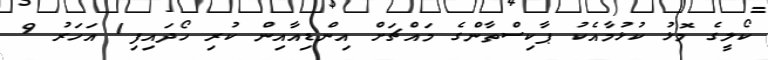
ކޯލީގެ މޮޅު ކުޅުމާއެކު ޕާކިސްތާންގެ މައްޗަށް އިންޑިއާއިން ކުރި ހޯދައިފި1 އަހަރު 9